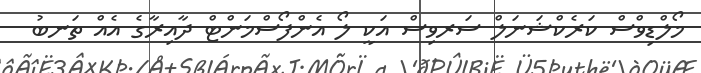
މޯލްޑިވްސް ކަރެކްޝަނަލް ސަރވިސް އަކީ ލޯ އެންފޯސްމަންޓް ދާއިރާގެ އެއް ތަނބު